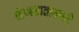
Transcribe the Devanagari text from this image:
शेणखतामध्ये